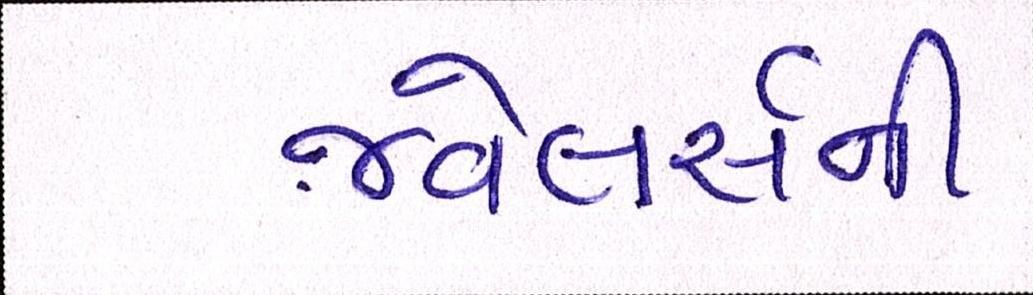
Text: જ્વેલર્સની